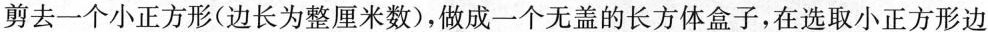
剪去一个小正方形(边长为整厘米数)，做成一个无盖的长方体盒子，在选取小正方形边